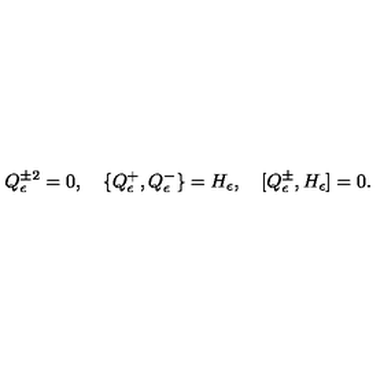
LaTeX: Q _ { \epsilon } ^ { \pm 2 } = 0 , \quad \{ Q _ { \epsilon } ^ { + } , Q _ { \epsilon } ^ { - } \} = H _ { \epsilon } , \quad [ Q _ { \epsilon } ^ { \pm } , H _ { \epsilon } ] = 0 .